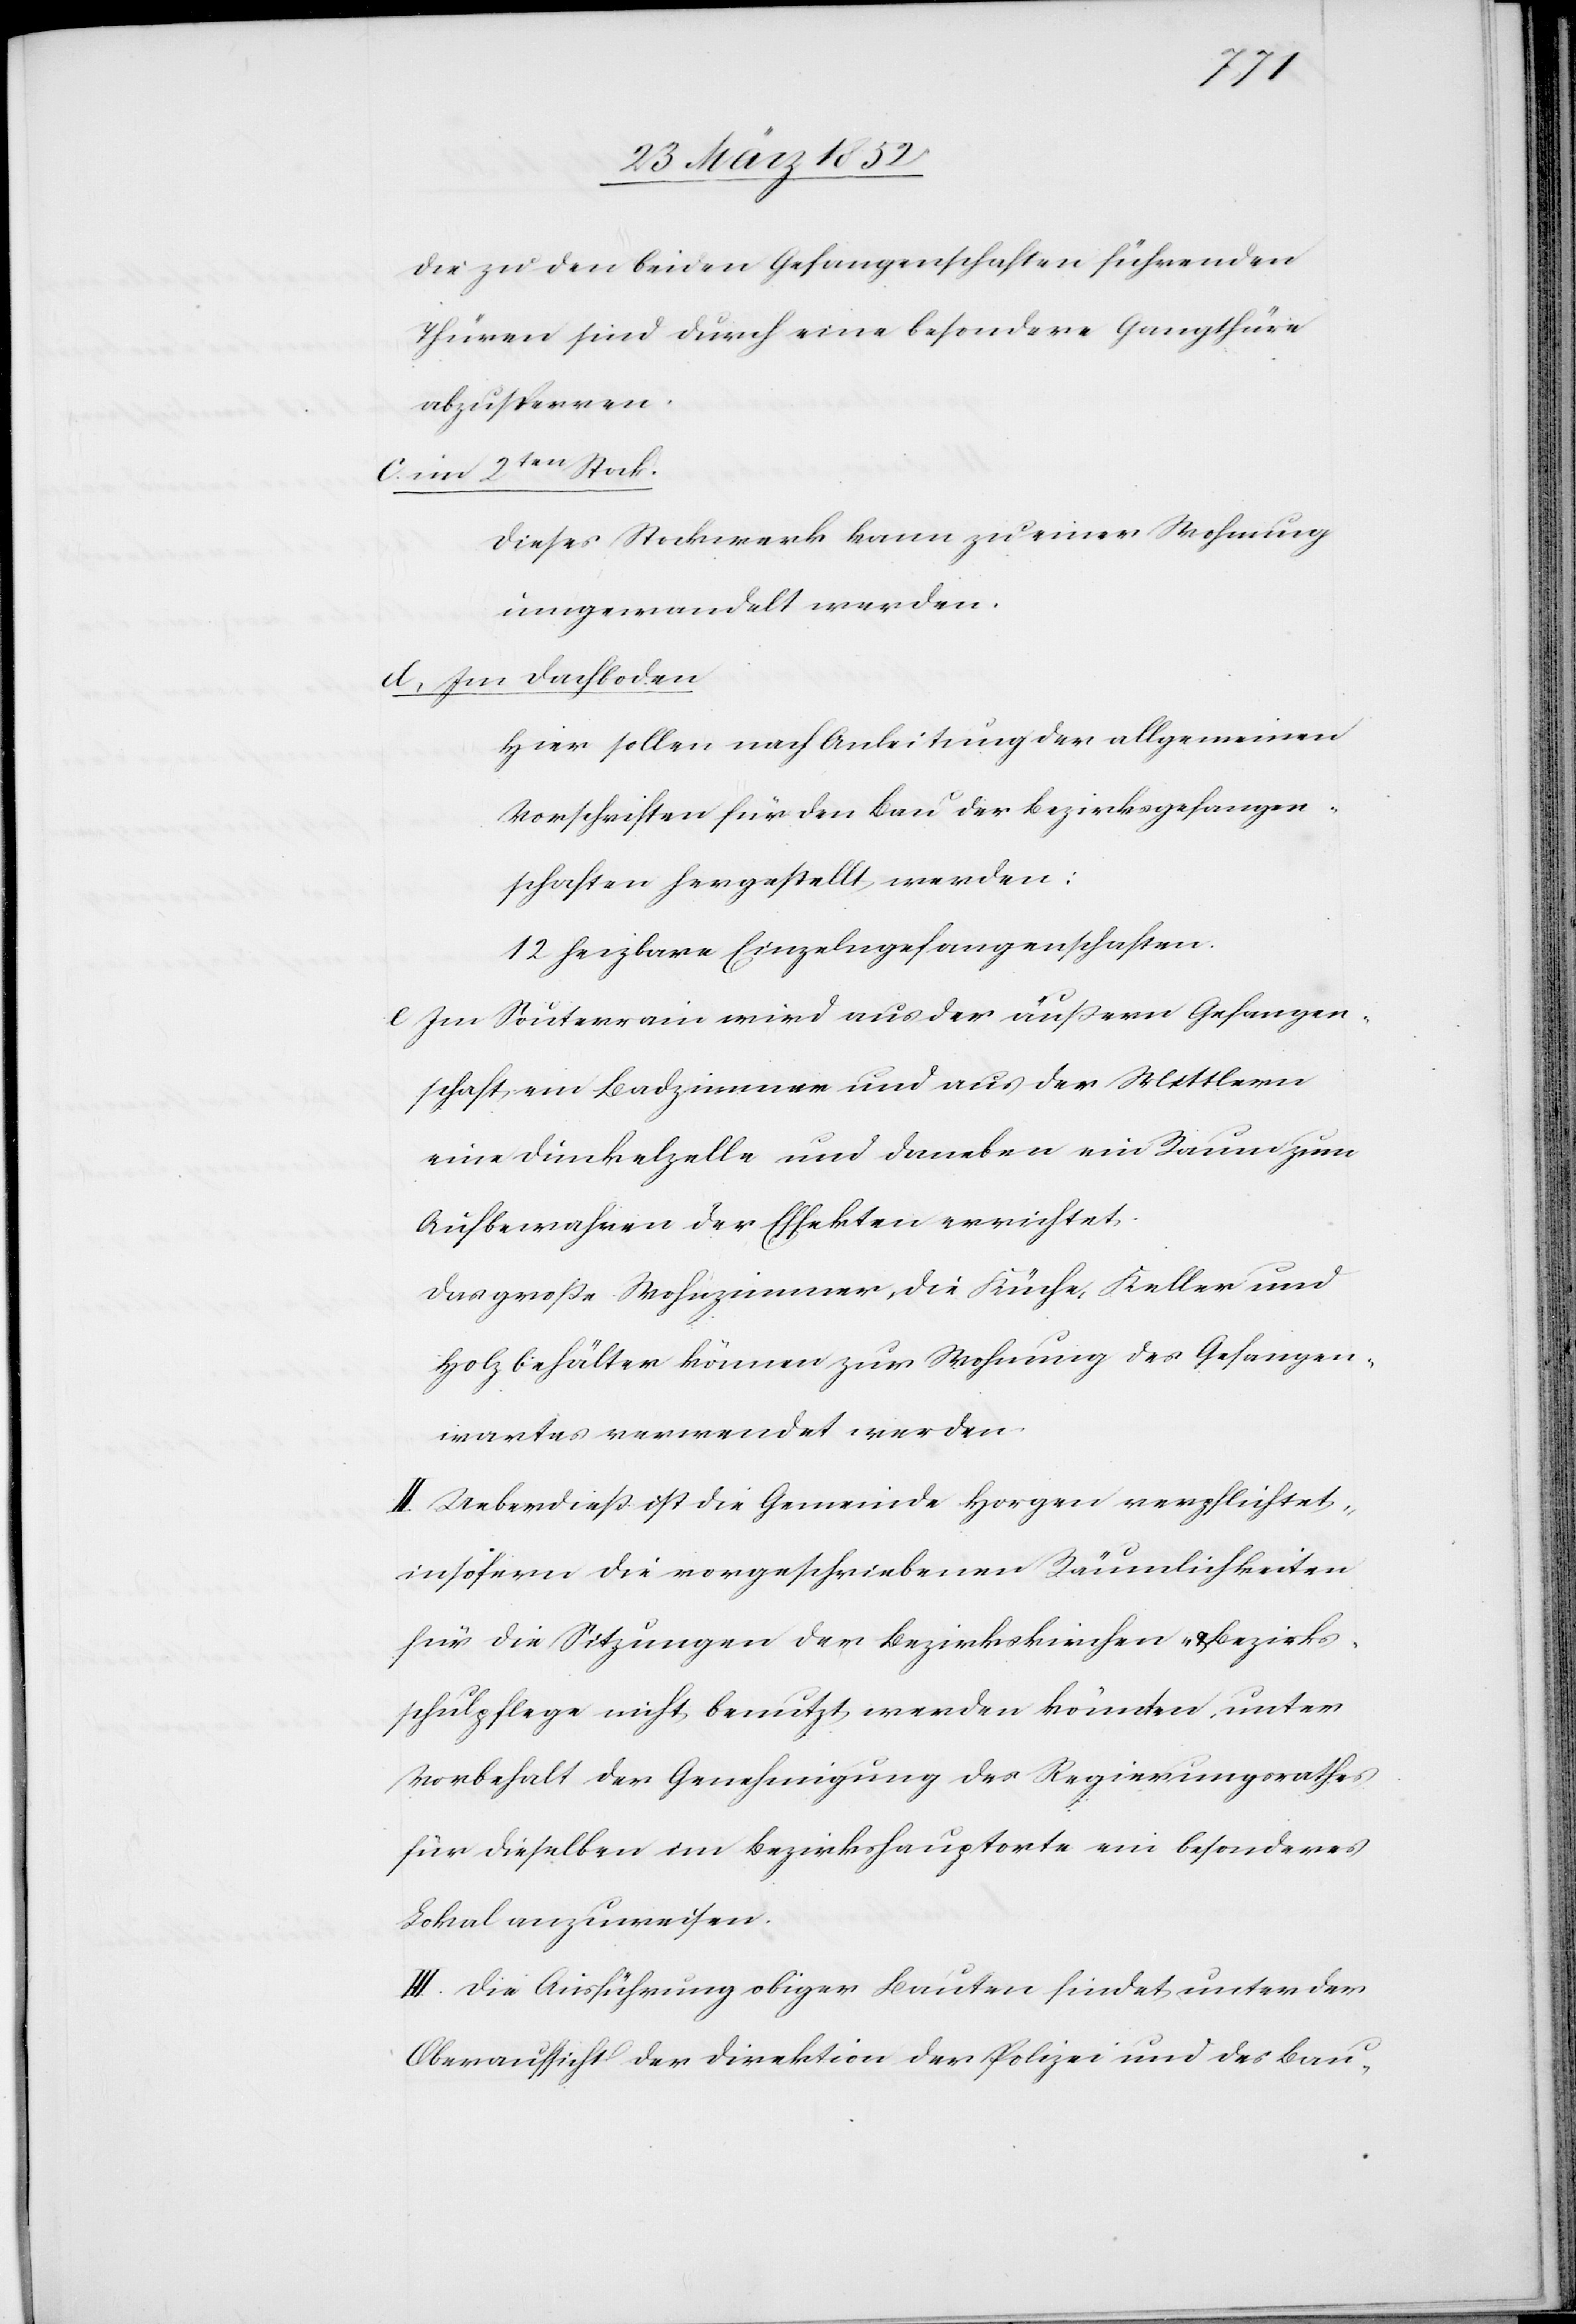
Die zu den beiden Gefangenschaften führenden
Thüren sind durch eine besondere Gangthüre
abzusperren.
c) im 2ten Stock.
Dieses Stockwerk kann zu einer Wohnung
umgewandelt werden.
d) Im Dachboden
Hier sollen nach Anleitung der allgemeinen
Vorschriften für den Bau der Bezirksgefangen¬
schaften hergestellt werden:
12 heizbare Einzelgefangenschaften.
e) Im Souterrain wird aus der äußern Gefangen¬
schaft ein Badzimmer und aus der Mittlern
eine Dunkelzelle und daneben ein Raum zum
Aufbewahren der Effekten errichtet.
Das große Wohnzimmer, die Küche, Keller und
Holzbehälter können zur Wohnung des Gefangen¬
wartes verwendet werden.
II. Ueberdieß ist die Gemeinde Horgen verpflichtet,
insofern die vorgeschriebenen Räumlichkeiten
für die Sitzungen der Bezirkskirchen- u. Bezirks¬
schulpflege nicht benutzt werden könnten, unter
Vorbehalt der Genehmigung des Regierungsrathes
für dieselben im Bezirkshauptorte ein besonderes
Lokal anzuweisen.
III. Die Ausführung obiger Bauten findet unter der
Oberaufsicht der Direktion der Polizei und des Bau-